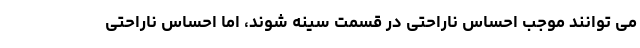
می توانند موجب احساس ناراحتی در قسمت سینه شوند، اما احساس ناراحتی